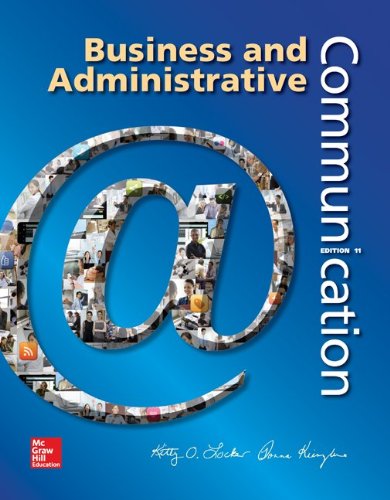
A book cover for Business and Administrative Communication; Kitty Locker; Business & Money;